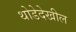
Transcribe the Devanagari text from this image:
थोडेदेखील